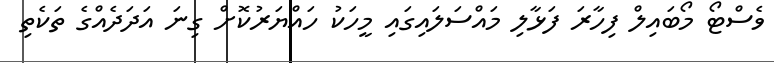
ވެސްޓޯ މޯބައިލް ފިހާރަ ފަޅާލި މައްސަލައިގައި މީހަކު ހައްޔަރުކޮށް ގިނަ އަދަދެއްގެ ތަކެތި